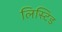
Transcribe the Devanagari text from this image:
लिस्टिड